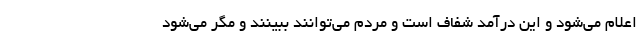
اعلام می‌شود و این درآمد شفاف است و مردم می‌توانند ببینند و مگر می‌شود